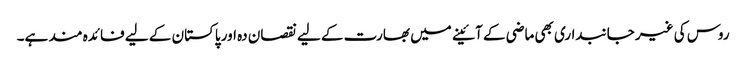
روس کی غیر جانبداری بھی ماضی کے آئینے میں بھارت کے لیے نقصان دہ اور پاکستان کے لیے فائدہ مند ہے۔